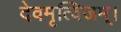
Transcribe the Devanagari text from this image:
देवमृत्विजम्‌।